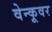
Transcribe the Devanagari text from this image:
वेन्कूवर